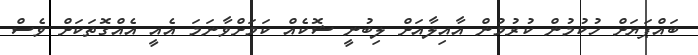
ބައްޕަޔަށް ހުކުމުން ކުރުމުން އާއިލާއަށް ލިބުނީ ޝޮކެއް ކަމަށްވާނަމަ އެއީ އެއްގޮތަކަށް ވެސް